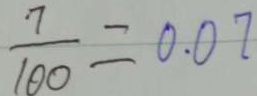
\frac { 7 } { 1 0 0 } = 0 . 0 7